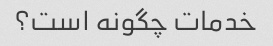
خدمات چگونه است؟